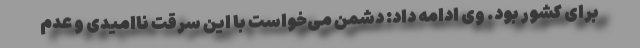
برای کشور بود. وی ادامه داد: دشمن می‌خواست با این سرقت ناامیدی و عدم